Annual report of lunatic asylums [Bombay] - 1912-1922
Year: 1912
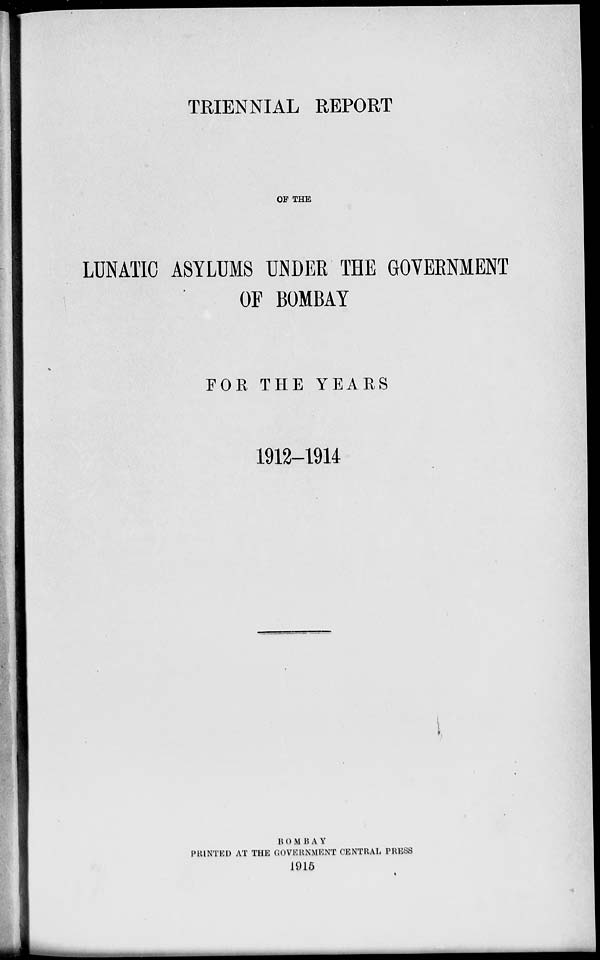
TRIENNIAL REPORT
OF THE
LUNATIC ASYLUMS UNDER THE GOVERNMENT
OF BOMBAY
FOR THE YEARS
1912-1914
BOMBAY
PRINTED AT THE GOVERNMENT CENTRAL PRESS
1915